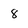
Character: 8